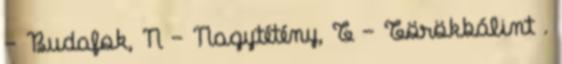
– Budafok, N – Nagytétény, T – Törökbálint .